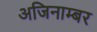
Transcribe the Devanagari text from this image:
अजिनाम्बर